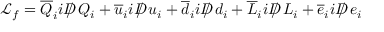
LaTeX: { \mathcal { L } } _ { f } = { \overline { { Q } } } _ { i } i D \! \! \! \! / \; Q _ { i } + { \overline { { u } } } _ { i } i D \! \! \! \! / \; u _ { i } + { \overline { { d } } } _ { i } i D \! \! \! \! / \; d _ { i } + { \overline { { L } } } _ { i } i D \! \! \! \! / \; L _ { i } + { \overline { { e } } } _ { i } i D \! \! \! \! / \; e _ { i }